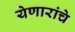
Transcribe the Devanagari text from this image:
येणारांचे